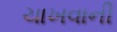
ચાખવાની